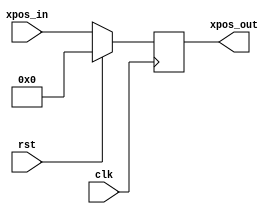
`timescale 1ns / 1ps
//////////////////////////////////////////////////////////////////////////////////
// Company: 
// Engineer: 
// 
// Design Name: 
// Module Name: buffer_module
// Project Name: 
// Target Devices: 
// Tool Versions: 
// Description: 
// 
// Dependencies: 
// 
// Revision:
// Revision 0.01 - File Created
// Additional Comments:
// 
//////////////////////////////////////////////////////////////////////////////////


module buffer_module(
    input wire clk,
    input wire rst,
    input wire [11:0] xpos_in,
    
    output reg [11:0] xpos_out
    );
    
    
    always @(posedge clk) begin
        if(rst) begin
            xpos_out <= 0;
        end
        else begin
            xpos_out <= xpos_in;   
        end   
    end
    
endmodule